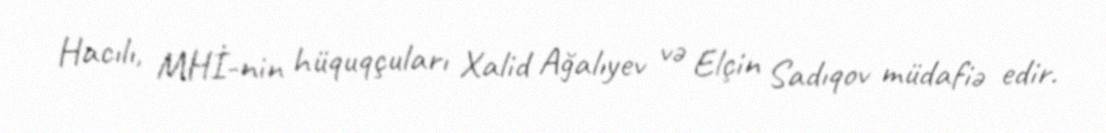
Hacılı, MHİ-nin hüquqçuları Xalid Ağalıyev və Elçin Sadıqov müdafiə edir.